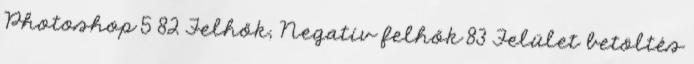
Photoshop 5 82 Felhők, Negatív felhők 83 Felület betöltés